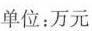
单位：万元